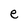
Character: e